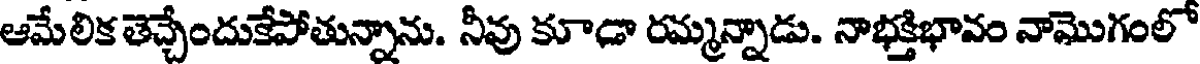
ఆమేలిక తెచ్చేందుకేపోతున్నాను. నీవు కూడా రమ్మన్నాడు. నాభక్తిభావం నామొగంలో